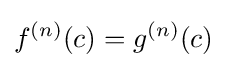
f^{(n)}(c)=g^{(n)}(c)